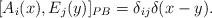
LaTeX: \begin{align*}[A_i(x),E_j(y)]_{PB}= \delta_{ij}\delta(x-y).\end{align*}